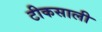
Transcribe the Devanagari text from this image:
टीकसाली